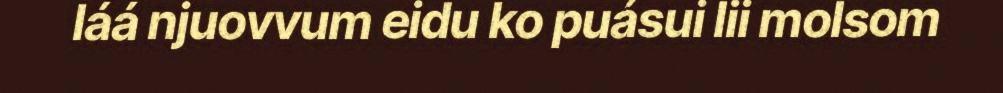
láá njuovvum eidu ko puásui lii molsom